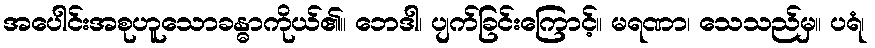
အပေါင်းအစုဟူသောခန္ဓာကိုယ်၏။ ဘေဒါ၊ ပျက်ခြင်းကြောင့်။ မရဏာ၊ သေသည်မှ။ ပရံ၊